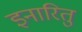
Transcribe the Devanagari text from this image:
इनारितु